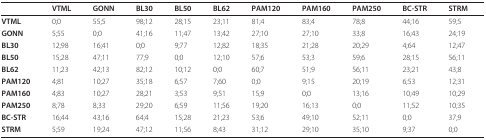
|  | VTML | GONN | BL30 | BL50 | BL62 | PAM120 | PAM160 | PAM250 | BC-STR | STRM |
 | --- | --- | --- | --- | --- | --- | --- | --- | --- | --- | --- |
 | VTML | 0;0 | 55;5 | 98;12 | 28;15 | 23;11 | 81;4 | 83;4 | 78;8 | 44;16 | 59;5 |
 | GONN | 5;55 | 0;0 | 41;16 | 11;47 | 13;42 | 27;10 | 27;10 | 33;8 | 16;43 | 24;19 |
 | BL30 | 12;98 | 16;41 | 0;0 | 9;77 | 12;82 | 18;35 | 21;28 | 20;29 | 4;64 | 12;47 |
 | BL50 | 15;28 | 47;11 | 77;9 | 0;0 | 12;10 | 57;6 | 53;3 | 59;6 | 28;15 | 56;11 |
 | BL62 | 11;23 | 42;13 | 82;12 | 10;12 | 0;0 | 60;7 | 51;9 | 56;11 | 23;21 | 43;8 |
 | PAM120 | 4;81 | 10;27 | 35;18 | 6;57 | 7;60 | 0;0 | 9;15 | 20;19 | 6;53 | 12;31 |
 | PAM160 | 4;83 | 10;27 | 28;21 | 3;53 | 9;51 | 15;9 | 0;0 | 13;16 | 10;49 | 10;29 |
 | PAM250 | 8;78 | 8;33 | 29;20 | 6;59 | 11;56 | 19;20 | 16;13 | 0;0 | 11;52 | 10;35 |
 | BC-STR | 16;44 | 43;16 | 64;4 | 15;28 | 21;23 | 53;6 | 49;10 | 52;11 | 0;0 | 37;9 |
 | STRM | 5;59 | 19;24 | 47;12 | 11;56 | 8;43 | 31;12 | 29;10 | 35;10 | 9;37 | 0;0 |